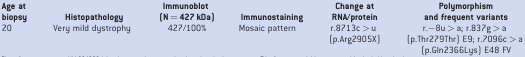
<table><thead><tr><td><b>Age at biopsy</b></td><td><b>Histopathology</b></td><td><b>Immunoblot (N=427kDa)</b></td><td><b>Immunostaining</b></td><td><b>Change at RNA/protein</b></td><td><b>Polymorphism and frequent variants</b></td></tr></thead><tbody><tr><td>20</td><td>Very mild dystrophy</td><td>427/100%</td><td>Mosaic pattern</td><td>r.8713c&gt;u (p.Arg2905X)</td><td>r.−8u&gt;a; r.837g&gt;a (p.Thr279Thr) E9; r.7096c&gt;a (p.Gln2366Lys) E48 FV</td></tr></tbody></table>